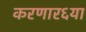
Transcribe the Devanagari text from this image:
करणार६या